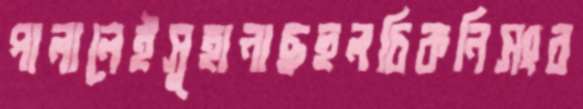
পালালেইসুহানাছহুলচিকনিসংব